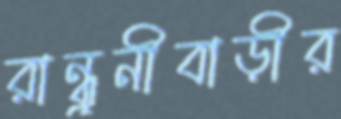
রান্ধুনীবাড়ীর